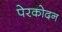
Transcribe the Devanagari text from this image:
पेरकोदन